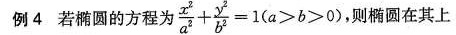
例4 若椭圆的方程为 $$\frac { x ^ { 2 } }{ a ^ { 2 } } + \frac { y ^ {2 } } { b ^ { 2 } } =1$$ ($$a> b> 0$$ ) 则椭圆在其上